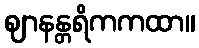
ဈာနန္တရိကကထာ။